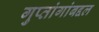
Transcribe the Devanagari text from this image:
गुप्तांगांबद्दल